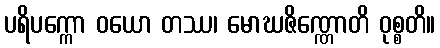
ပရိပက္ကော ဝယော တဿ၊ မောဃဇိဏ္ဏောတိ ဝုစ္စတိ။